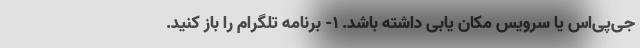
جی‌پی‌اس یا سرویس مکان یابی داشته باشد. ۱- برنامه تلگرام را باز کنید.